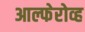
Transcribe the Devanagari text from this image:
आल्फेरोव्ह